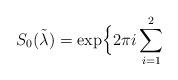
LaTeX: \begin{align*}S_{0}(\tilde \lambda)= \exp \Bigl \{2 \pi i \sum_{i=1}^{2}\end{align*}